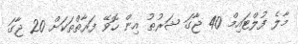
މާލެ ފުލްޓައިމް 40 ޖާގަ ޝަރުޠު އިން ހޮވޭ ފަރާތްތަކަށް 20 ޖާގަ